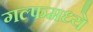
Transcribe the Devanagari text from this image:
गल्फमध्ये